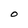
Character: O